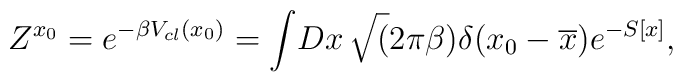
Z^{x_{0}}=e^{-\beta V_{cl}(x_{0})}= \int \! Dx\,\sqrt(2\pi\beta )\delta(x_{0}-\overline{x}) e^{- S[x]},